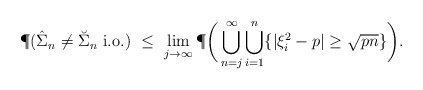
\begin{align*} \P(\hat\Sigma_n\neq \breve \Sigma_n \ \textup{i.o.}) \ \leq \ \lim_{j\to\infty}\P\bigg(\bigcup_{n=j}^{\infty}\bigcup_{i=1}^n \{|\xi_i^2-p|\geq \sqrt{pn}\}\bigg).\end{align*}